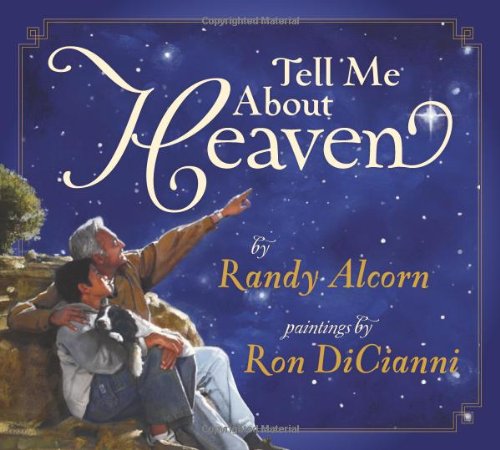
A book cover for Tell Me About Heaven; Randy Alcorn; Christian Books & Bibles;